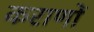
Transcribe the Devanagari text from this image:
कराणों